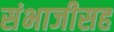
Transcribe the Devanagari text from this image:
संभाजीसह